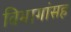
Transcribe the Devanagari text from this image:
विभागांसह